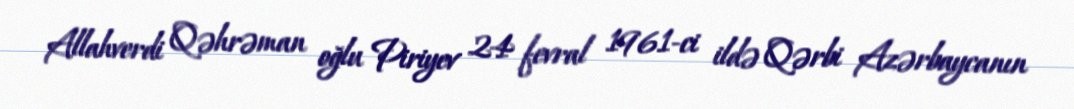
Allahverdi Qəhrəman oğlu Piriyev 24 fevral 1961-ci ildə Qərbi Azərbaycanın